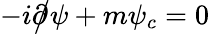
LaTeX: -i{\partial\! \! \! {\big/}}\psi+m\psi_{c}=0